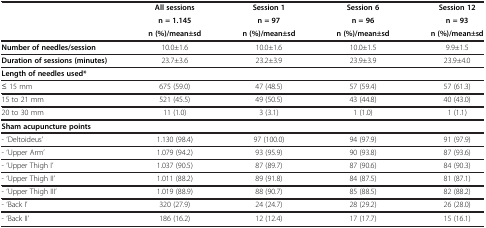
|  | All sessions | Session 1 | Session 6 | Session 12 |
 |  | n = 1.145 | n = 97 | n = 96 | n = 93 |
 |  | n (%)/mean±sd | n (%)/mean±sd | n (%)/mean±sd | n (%)/mean±sd |
 | --- | --- | --- | --- | --- |
 | Number of needles/session | 10.0±1.6 | 10.0±1.6 | 10.0±1.5 | 9.9±1.5 |
 | Duration of sessions (minutes) | 23.7±3.6 | 23.2±3.9 | 23.9±3.9 | 23.9±4.0 |
 | Length of needles used* |  |  |  |  |
 | ≤ 15 mm | 675 (59.0) | 47 (48.5) | 57 (59.4) | 57 (61.3) |
 | 15 to 21 mm | 521 (45.5) | 49 (50.5) | 43 (44.8) | 40 (43.0) |
 | 20 to 30 mm | 11 (1.0) | 3 (3.1) | 1 (1.0) | 1 (1.1) |
 | Sham acupuncture points |  |  |  |  |
 | - ‘Deltoideus’ | 1.130 (98.4) | 97 (100.0) | 94 (97.9) | 91 (97.9) |
 | - ‘Upper Arm’ | 1.079 (94.2) | 93 (95.9) | 90 (93.8) | 87 (93.6) |
 | - ‘Upper Thigh I’ | 1.037 (90.5) | 87 (89.7) | 87 (90.6) | 84 (90.3) |
 | - ‘Upper Thigh II’ | 1.011 (88.2) | 89 (91.8) | 84 (87.5) | 81 (87.1) |
 | - ‘Upper Thigh III’ | 1.019 (88.9) | 88 (90.7) | 85 (88.5) | 82 (88.2) |
 | - ‘Back I’ | 320 (27.9) | 24 (24.7) | 28 (29.2) | 26 (28.0) |
 | - ‘Back II’ | 186 (16.2) | 12 (12.4) | 17 (17.7) | 15 (16.1) |